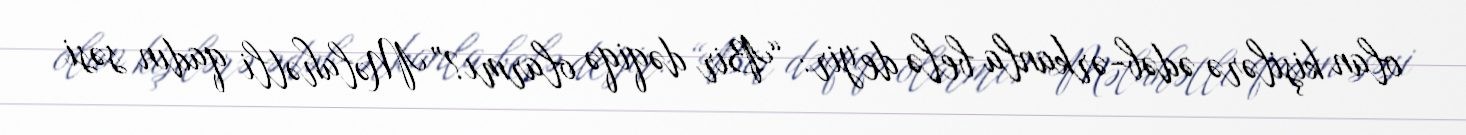
olan kişilərə ədəb-ərkanla belə deyir: “Bir dəqiqə olarmı?” Məlahətli qadın səsi